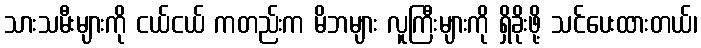
သားသမီးများကို ငယ်ငယ် ကတည်းက မိဘများ လူကြီးများကို ရှိခိုးဖို့ သင်ပေးထားတယ်၊